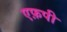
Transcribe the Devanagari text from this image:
एफ़पी